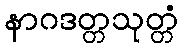
နာဂဒတ္တသုတ္တံ